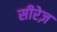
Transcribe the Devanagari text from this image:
सीरेज़